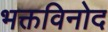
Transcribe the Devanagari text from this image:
भक्तविनोद